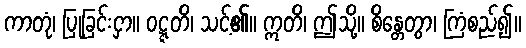
ကာတုံ၊ ပြုခြင်းငှာ။ ဝဋ္ဋတိ၊ သင့်၏။ ဣတိ၊ ဤသို့။ စိန္တေတွာ၊ ကြံစည်၍။